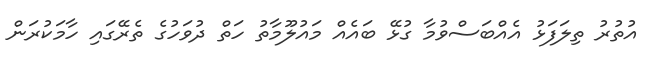
އުތުރު ތިލަފަޅު އެއްބަސްވުމާ ގުޅޭ ބައެއް މައުލޫމާތު ހަތް ދުވަހުގެ ތެރޭގައި ހާމަކުރަން